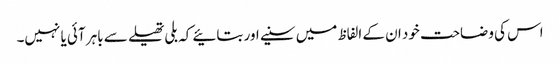
اس کی وضاحت خود ان کے الفاظ میں سنیے اور بتائیے کہ بلی تھیلے سے باہر آئی یا نہیں۔